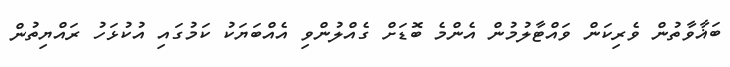
ބަޣާވާތުން ވެރިކަން ވައްޓާލުމުން އެންމެ ބޮޑަށް ގެއްލުންވި އެއްބަޔަކު ކަމުގައި އުކުޅަހު ރައްޔިތުން